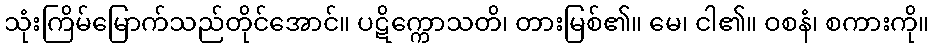
သုံးကြိမ်မြောက်သည်တိုင်အောင်။ ပဋိက္ကောသတိ၊ တားမြစ်၏။ မေ၊ ငါ၏။ ဝစနံ၊ စကားကို။